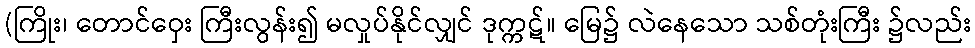
(ကြိုး၊ တောင်ဝှေး ကြီးလွန်း၍ မလှုပ်နိုင်လျှင် ဒုက္ကဋ်။ မြေ၌ လဲနေသော သစ်တုံးကြီး ၌လည်း